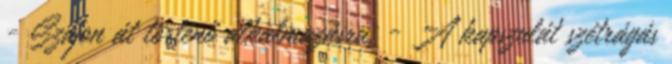
- Szájon át történő alkalmazásra. - A kapszulát szétrágás